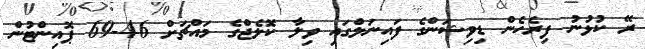
ރޭ ކުޅުނު ފިރެހެން ޑިވިޝަންގެ ފައިނަލްގައި ވިލާ ކޮލެޖްގެ މައްޗަށް 46-69 ޕޮއިންޓުން